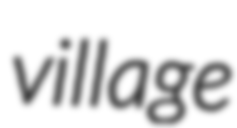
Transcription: village